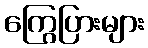
ကြွေပြားများ